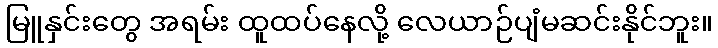
မြူနှင်းတွေ အရမ်း ထူထပ်နေလို့ လေယာဉ်ပျံမဆင်းနိုင်ဘူး။